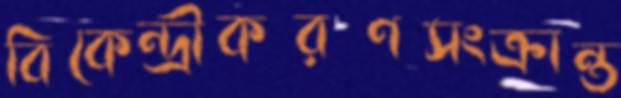
বিকেন্দ্রীকরণসংক্রান্ত